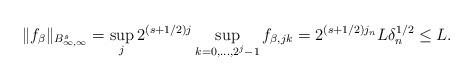
LaTeX: \begin{align*}\|f_\beta\|_{B_{\infty,\infty}^s}=\sup_{j}2^{(s+1/2)j}\sup_{k=0,...,2^j-1}f_{\beta, jk}=2^{(s+1/2)j_n}L\delta_n^{1/2}\leq L.\end{align*}